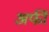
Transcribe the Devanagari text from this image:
अर्फी